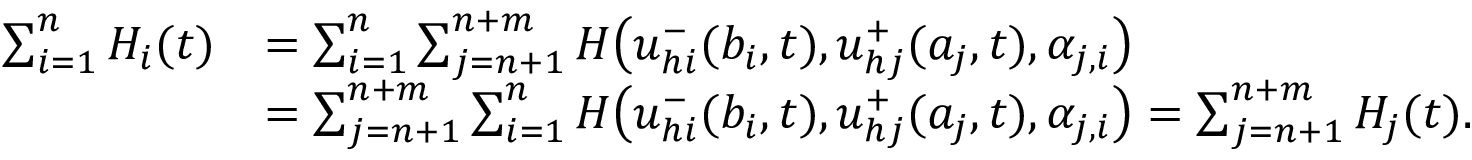
\begin{array} { r l } { \sum _ { i = 1 } ^ { n } H _ { i } ( t ) } & { = \sum _ { i = 1 } ^ { n } \sum _ { j = n + 1 } ^ { n + m } H \big ( { u } _ { h i } ^ { - } ( b _ { i } , t ) , { u } _ { h j } ^ { + } ( a _ { j } , t ) , \alpha _ { j , i } \big ) } \\ & { = \sum _ { j = n + 1 } ^ { n + m } \sum _ { i = 1 } ^ { n } H \big ( { u } _ { h i } ^ { - } ( b _ { i } , t ) , { u } _ { h j } ^ { + } ( a _ { j } , t ) , \alpha _ { j , i } \big ) = \sum _ { j = n + 1 } ^ { n + m } H _ { j } ( t ) . } \end{array}